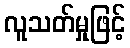
လူသတ်မှုဖြင့်